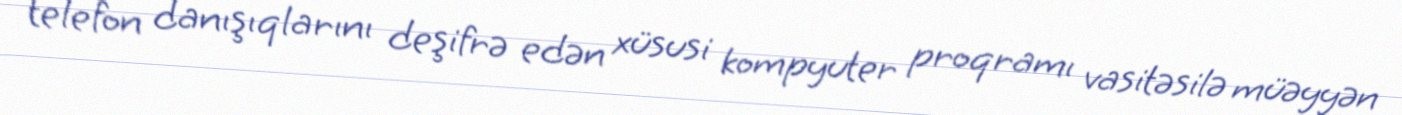
telefon danışıqlarını deşifrə edən xüsusi kompyuter proqramı vasitəsilə müəyyən